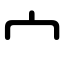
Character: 宀